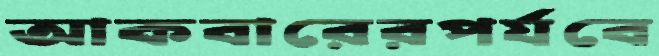
আকবারেরপর্যবে